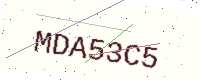
Text: MDA53C5